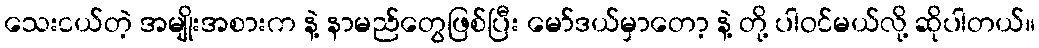
သေးငယ်တဲ့ အမျိုးအစားက နဲ့ နာမည်တွေဖြစ်ပြီး မော်ဒယ်မှာတော့ နဲ့ တို့ ပါဝင်မယ်လို့ ဆိုပါတယ်။